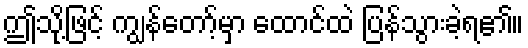
ဤသို့ဖြင့် ကျွန်တော့်မှာ ထောင်ထဲ ပြန်သွားခဲ့ရ၏။